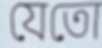
যেতো